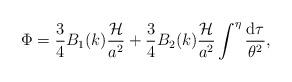
LaTeX: \begin{align*}\Phi = \frac{3}{4}B_1(k)\frac{{\cal H}}{a^2} + \frac{3}{4}B_2(k)\frac{{\cal H}}{a^2} \int^{\eta }\frac{{\rm d}\tau}{\theta^2}, \end{align*}